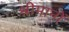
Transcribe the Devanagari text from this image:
श्रीमानों